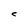
Character: C